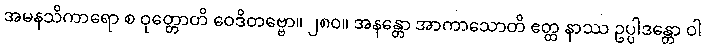
အမနသိကာရော စ ဝုတ္တောတိ ဝေဒိတဗ္ဗော။ ၂၈၀။ အနန္တော အာကာသောတိ ဧတ္ထ နာဿ ဥပ္ပါဒန္တော ဝါ